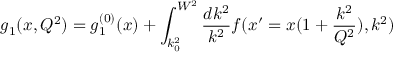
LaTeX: g _ { 1 } ( x , Q ^ { 2 } ) = g _ { 1 } ^ { ( 0 ) } ( x ) + \int _ { k _ { 0 } ^ { 2 } } ^ { W ^ { 2 } } { \frac { d k ^ { 2 } } { k ^ { 2 } } } f ( x ^ { \prime } = x ( 1 + { \frac { k ^ { 2 } } { Q ^ { 2 } } } ) , k ^ { 2 } )